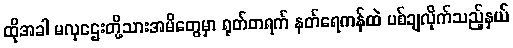
ထိုအခါ မလှဌေးတို့သားအမိတွေမှာ ရုတ်တရက် နတ်ရေကန်ထဲ ပစ်ချလိုက်သည့်နှယ်